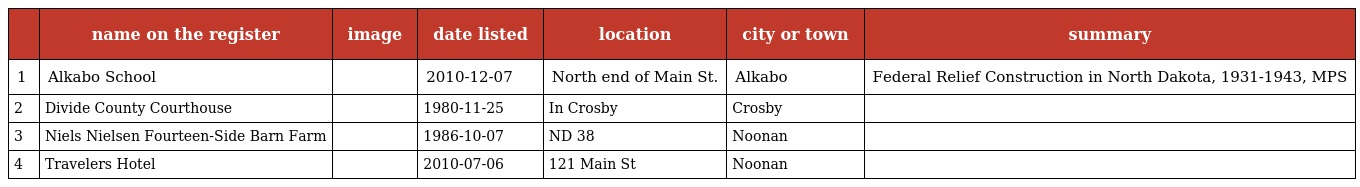
|  | name on the register | image | date listed | location | city or town | summary |
 | --- | --- | --- | --- | --- | --- | --- |
 | 1 | Alkabo School |  | 2010-12-07 | North end of Main St. | Alkabo | Federal Relief Construction in North Dakota, 1931-1943, MPS |
 | 2 | Divide County Courthouse |  | 1980-11-25 | In Crosby | Crosby |  |
 | 3 | Niels Nielsen Fourteen-Side Barn Farm |  | 1986-10-07 | ND 38 | Noonan |  |
 | 4 | Travelers Hotel |  | 2010-07-06 | 121 Main St | Noonan |  |